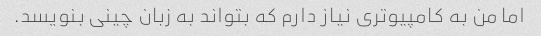
اما من به کامپیوتری نیاز دارم که بتواند به زبان چینی بنویسد.